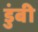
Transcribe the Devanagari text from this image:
डुंबी